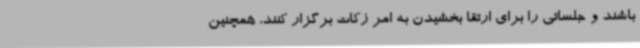
باشند و جلساتی را برای ارتقا بخشیدن به امر زکات برگزار کنند، همچنین